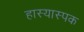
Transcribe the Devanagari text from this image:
हास्यास्पक